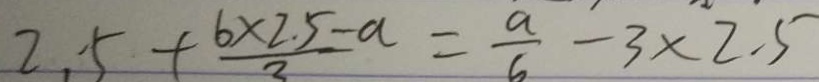
2 . 5 + \frac { 6 \times 2 . 5 - a } { 2 } = \frac { a } { 6 } - 3 \times 2 . 5